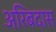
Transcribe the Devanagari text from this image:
अरिबदास